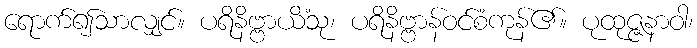
ရောက်၍သာလျှင်။ ပရိနိဗ္ဗာယိံသု၊ ပရိနိဗ္ဗာန်ဝင်စံကုန်၏။ ပုထုဇ္ဇနာဝါ၊